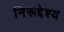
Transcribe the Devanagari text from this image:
निरूद्देश्य